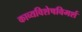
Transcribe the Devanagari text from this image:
काव्यविशेषविमर्श